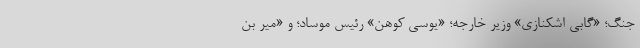
جنگ؛ «گابی اشکنازی» وزیر خارجه؛ «یوسی کوهن» رئیس موساد؛ و «میر بن